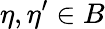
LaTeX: \eta,\eta^{\prime}\in B